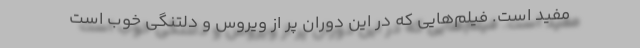
مفید است. فیلم‌هایی که در این دوران پر از ویروس و دلتنگی خوب است